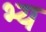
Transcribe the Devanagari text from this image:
भ्य